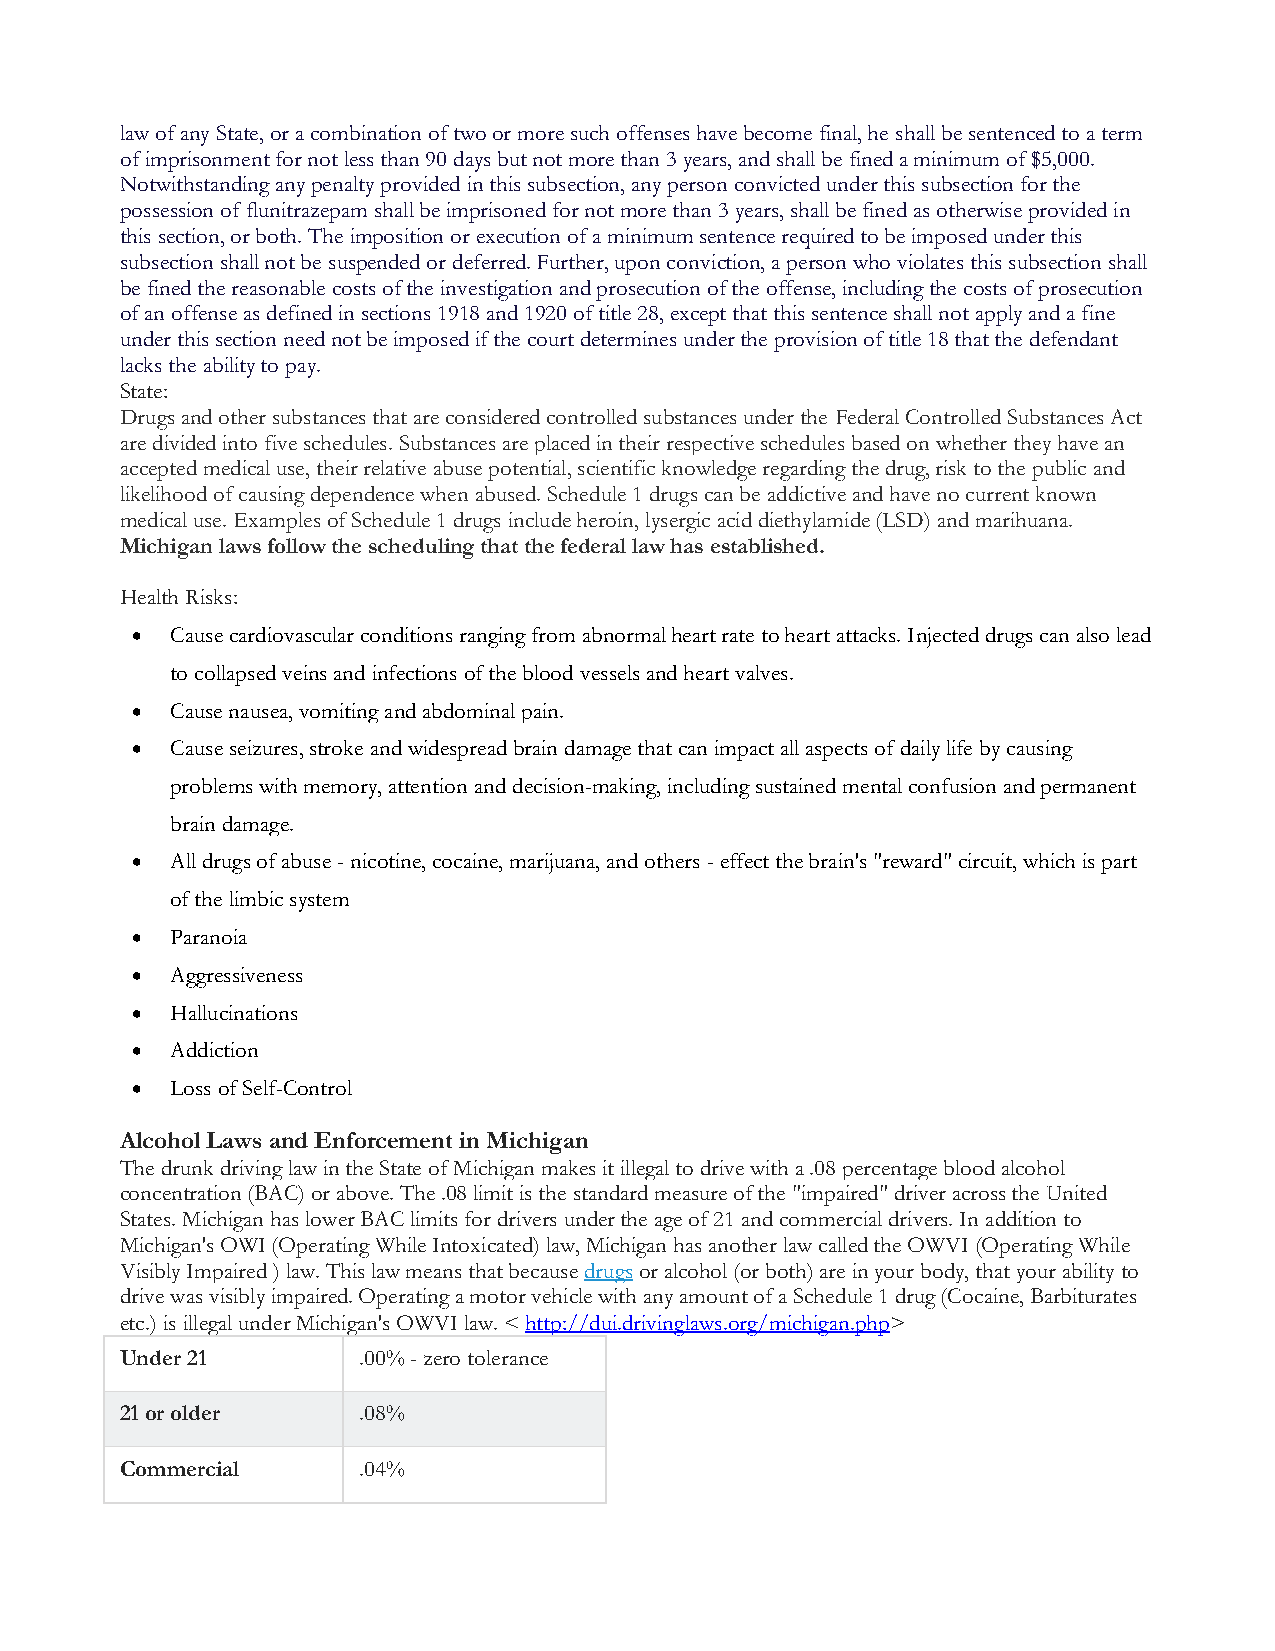
law of any State, or a combination of two or more such offenses have become final, he shall be sentenced to a term
 of imprisonment for not less than 90 days but not more than 3 years, and shall be fined a minimum of $5,000.
 Notwithstanding any penalty provided in this subsection, any person convicted under this subsection for the
 possession of flunitrazepam shall be imprisoned for not more than 3 years, shall be fined as otherwise provided in
 this section, or both. The imposition or execution of a minimum sentence required to be imposed under this
 subsection shall not be suspended or deferred. Further, upon conviction, a person who violates this subsection shall
 be fined the reasonable costs of the investigation and prosecution of the offense, including the costs of prosecution
 of an offense as defined in sections 1918 and 1920 of title 28, except that this sentence shall not apply and a fine
 under this section need not be imposed if the court determines under the provision of title 18 that the defendant
 lacks the ability to pay.
 State:
 Drugs and other substances that are considered controlled substances under the Federal Controlled Substances Act
 are divided into five schedules. Substances are placed in their respective schedules based on whether they have an
 accepted medical use, their relative abuse potential, scientific knowledge regarding the drug, risk to the public and
 likelihood of causing dependence when abused. Schedule 1 drugs can be addictive and have no current known
 medical use. Examples of Schedule 1 drugs include heroin, lysergic acid diethylamide (LSD) and marihuana.
 Michigan laws follow the scheduling that the federal law has established.
 Health Risks:
 • Cause cardiovascular conditions ranging from abnormal heart rate to heart attacks. Injected drugs can also lead
 to collapsed veins and infections of the blood vessels and heart valves.
 • Cause nausea, vomiting and abdominal pain.
 • Cause seizures, stroke and widespread brain damage that can impact all aspects of daily life by causing
 problems with memory, attention and decision-making, including sustained mental confusion and permanent
 brain damage.
 • All drugs of abuse - nicotine, cocaine, marijuana, and others - effect the brain's "reward" circuit, which is part
 of the limbic system
 • Paranoia
 • Aggressiveness
 • Hallucinations
 • Addiction
 • Loss of Self-Control
 Alcohol Laws and Enforcement in Michigan
 The drunk driving law in the State of Michigan makes it illegal to drive with a .08 percentage blood alcohol
 concentration (BAC) or above. The .08 limit is the standard measure of the "impaired" driver across the United
 States. Michigan has lower BAC limits for drivers under the age of 21 and commercial drivers. In addition to
 Michigan's OWI (Operating While Intoxicated) law, Michigan has another law called the OWVI (Operating While
 Visibly Impaired ) law. This law means that because drugs or alcohol (or both) are in your body, that your ability to
 drive was visibly impaired. Operating a motor vehicle with any amount of a Schedule 1 drug (Cocaine, Barbiturates
 etc.) is illegal under Michigan's OWVI law. < http://dui.drivinglaws.org/michigan.php>
 Under 21        .00% - zero tolerance
 21 or older     .08%
 Commercial      .04%